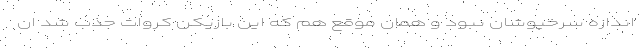
اندازه سرخپوشان نبود و همان موقع هم که این بازیکن کروات جذب شد ان